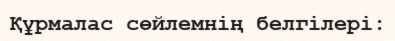
Құрмалас сөйлемнің белгілері: